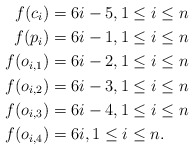
\begin{align*}f(c_{i}) &=6i-5, 1\leq i\leq n\\f(p_{i}) &=6i-1, 1\leq i\leq n\\f(o_{i,1}) &=6i-2, 1\leq i\leq n\\f(o_{i,2}) &=6i-3, 1\leq i\leq n\\f(o_{i,3}) &=6i-4, 1\leq i\leq n\\f(o_{i,4}) &=6i , 1\leq i\leq n.\end{align*}